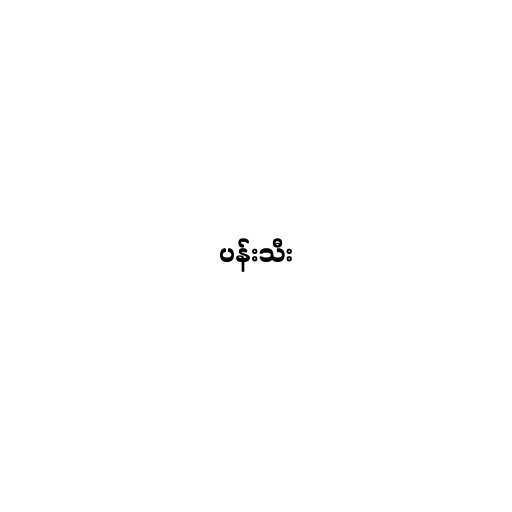
ပန်းသီး